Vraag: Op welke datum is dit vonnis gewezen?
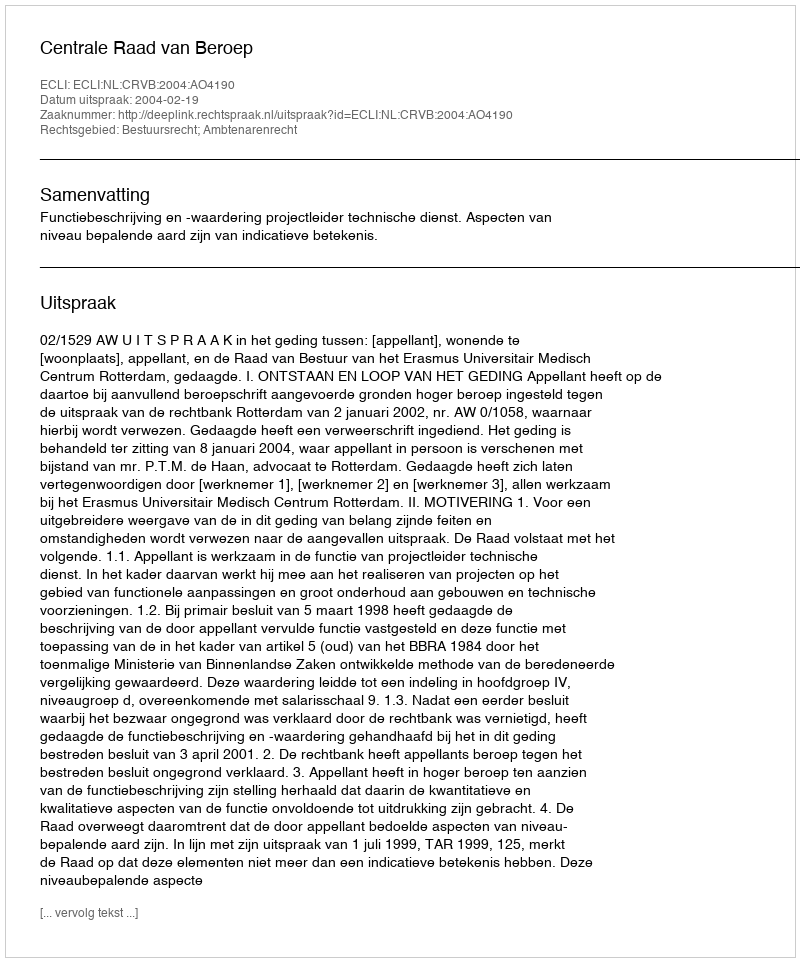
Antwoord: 2004-02-19